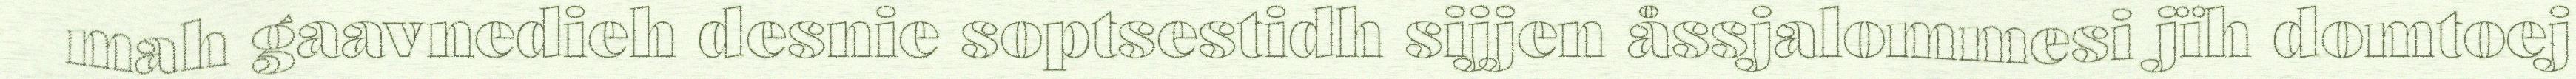
mah gaavnedieh desnie soptsestidh sijjen åssjalommesi jïh domtoej